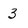
Character: 3